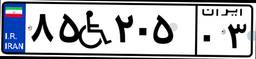
۸۵W۲۰۵۰۳